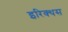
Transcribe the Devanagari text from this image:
इरिक्थस